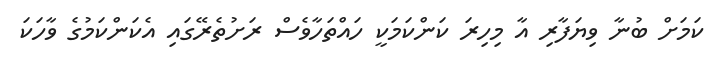
ކަމަށް ބުނާ ވިޔަފާރި އާ މިހިރަ ކަންކަމަކީ ހައްތަހާވެސް ރަށުތެރޭގައި އެކަންކަމުގެ ވާހަކަ